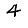
Digit: 4